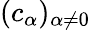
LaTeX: (c_{\alpha})_{\alpha\neq 0}